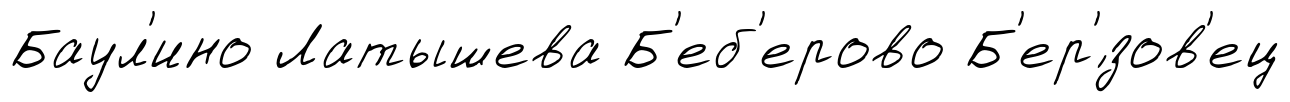
Баул'ино Латышева Б'еб'ерово Б'ер'́зов'ец